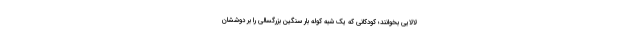
لالایی بخوانند؛ کودکانی که یک شبه کوله بار سنگین بزرگسالی را بر دوششان